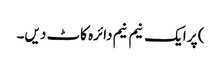
) پر ایک نیم نیم دائرہ کاٹ دیں۔